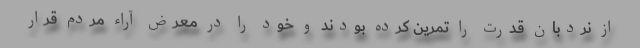
از نردبان قدرت را تمرین کرده بودند و خود را در معرض آراء مردم قرار